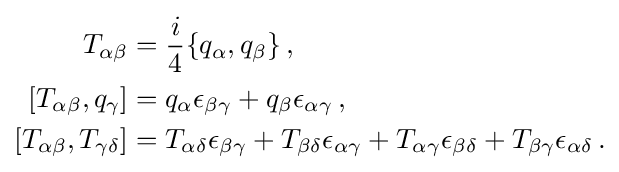
{\begin{aligned}T_{\alpha \beta }&={\frac {i}{4}}\{q_{\alpha },q_{\beta }\}\,,\\\left[T_{\alpha \beta },q_{\gamma }\right]&=q_{\alpha }\epsilon _{\beta \gamma }+q_{\beta }\epsilon _{\alpha \gamma }\,,\\\left[T_{\alpha \beta },T_{\gamma \delta }\right]&=T_{\alpha \delta }\epsilon _{\beta \gamma }+T_{\beta \delta }\epsilon _{\alpha \gamma }+T_{\alpha \gamma }\epsilon _{\beta \delta }+T_{\beta \gamma }\epsilon _{\alpha \delta }\,.\end{aligned}}